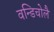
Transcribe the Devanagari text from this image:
वन्डिचोलै